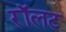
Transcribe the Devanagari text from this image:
रॉलट